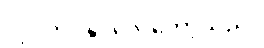
လုပ်ကိုင်နိုင်လေတော့သည်။